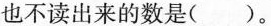
也不读出来的数是()。